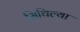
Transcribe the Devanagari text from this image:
सिथिल्या